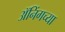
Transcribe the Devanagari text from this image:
ॲनिंगच्या